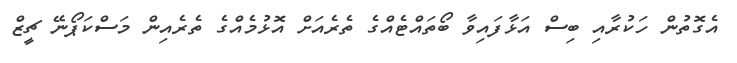
އެގޮތުން ހަކުރާއި ބިސް އަޅާފައިވާ ބޯތައްޓެއްގެ ތެރެއަށް އޮޅުމެއްގެ ތެރެއިން މަސްކަޕޯނޭ ޗީޒް